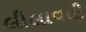
લીલાવતી